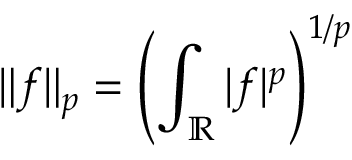
\| f \| _ { p } = \left( \int _ { \mathbb { R } } | f | ^ { p } \right) ^ { 1 / p }